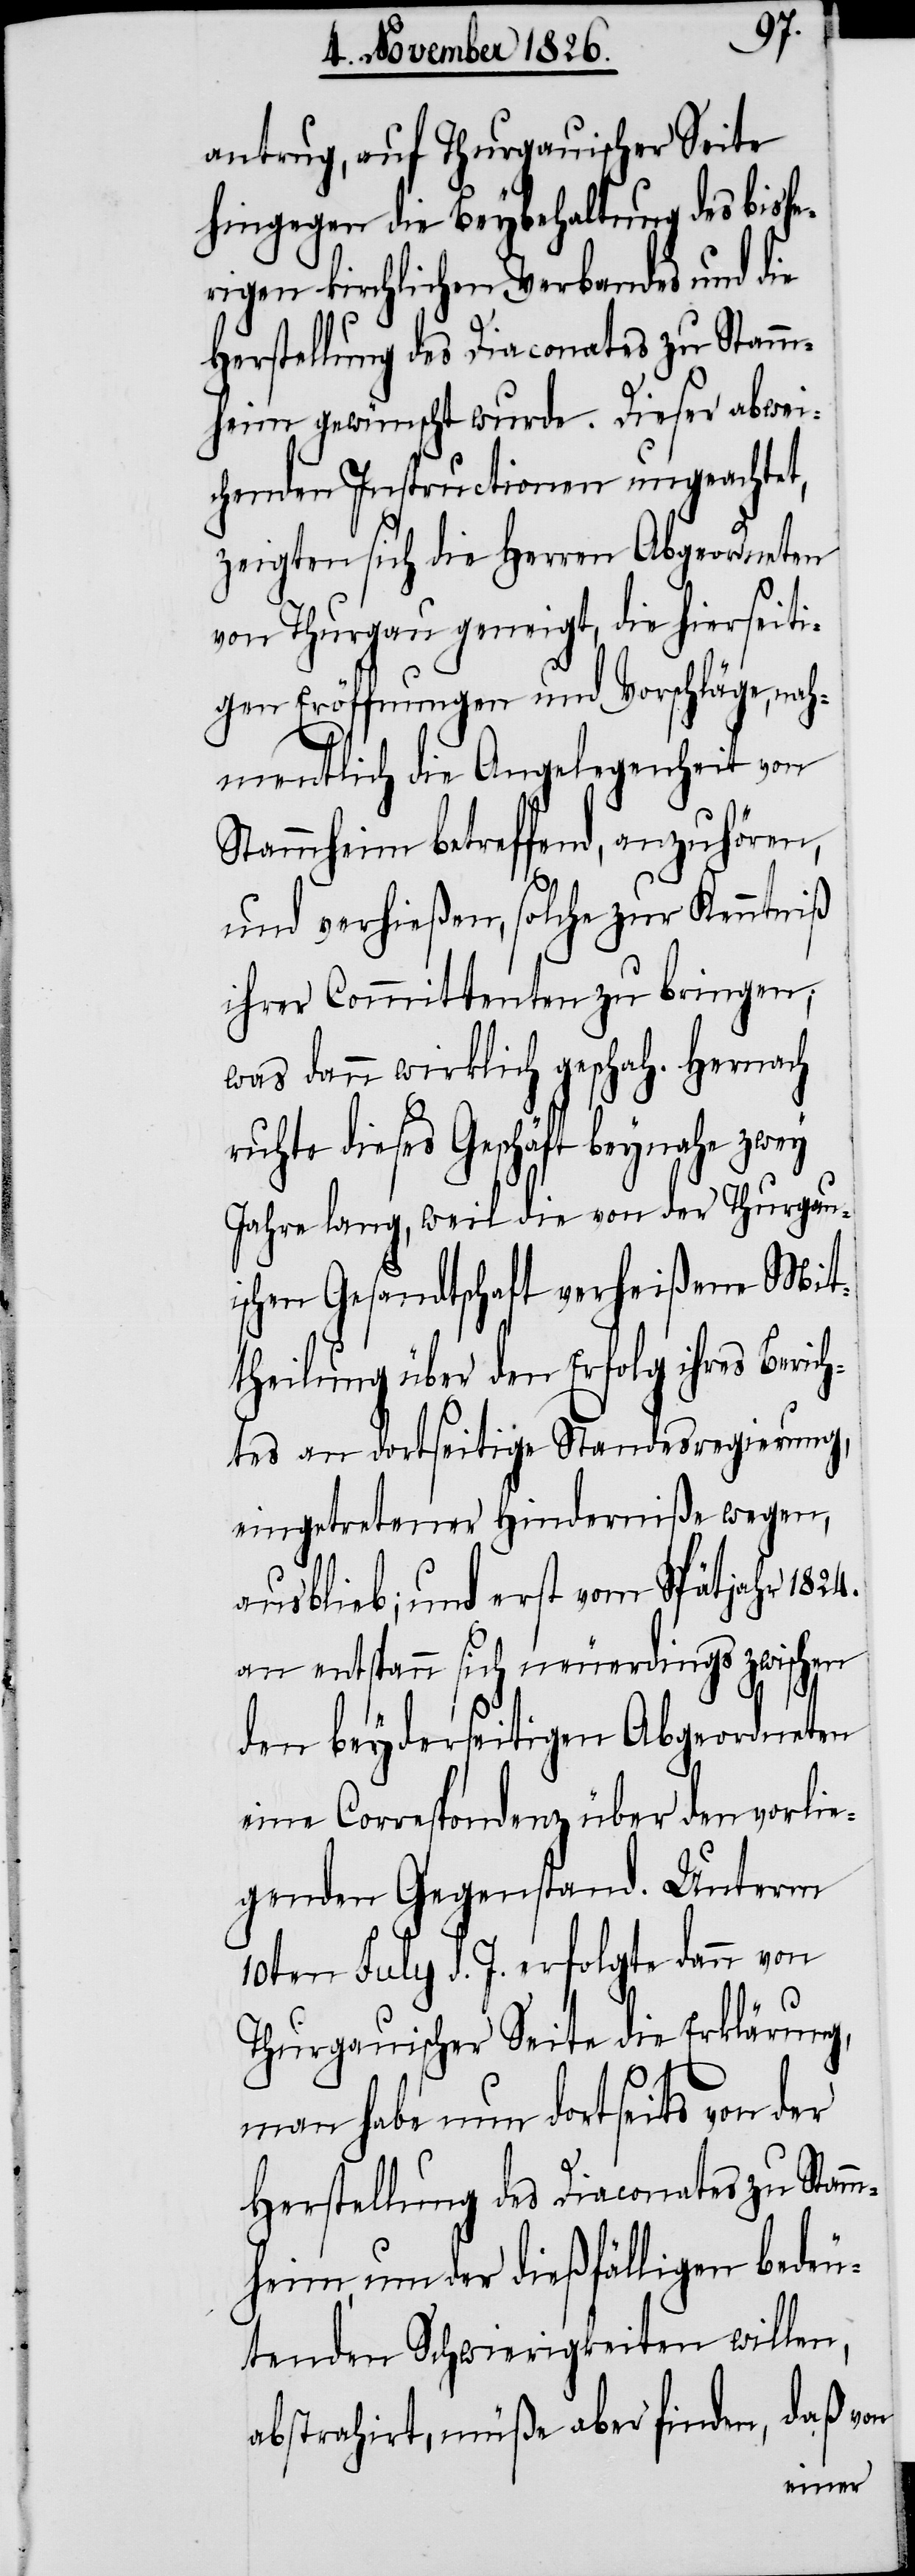
antrug, auf Thurgauischer Seite
hingegen die Beybehaltung des bishe¬
rigen kirchlichen Verbandes und die
Herstellung des Diaconates zu Stamm¬
heim gewünscht wurde. Dieser abwei¬
chenden Instructionen ungeachtet,
zeigten sich die Herren Abgeordneten
von Thurgau geneigt, die hierseiti¬
gen Eröffnungen und Vorschläge, nah¬
mentlich die Angelegenheit von
Stammheim betreffend, anzuhören,
und verhießen, solche zur Kenntniß
ihrer Committenten zu bringen;
was dann wirklich geschah. Hernach
ruhte dieses Geschäft beynahe zwey
Jahre lang, weil die von der Thurgau¬
ischen Gesandtschaft verheißene Mit¬
theilung über den Erfolg ihres Berich¬
tes an dortseitige Standesregierung,
eingetretener Hinderniße wegen,
ausblieb; und erst vom Spätjahr 1824.
an entspann sich neuerdings zwischen
den beyderseitigen Abgeordneten
eine Correspondenz über den vorlie¬
genden Gegenstand. Unterm
10ten July d. J. erfolgte dann von
Thurgauischer Seite die Erklärung,
man habe nun dortseits von der
Herstellung des Diaconates zu Stamm¬
heim, um der dießfälligen bedeu¬
tenden Schwierigkeiten willen,
abstrahirt, müße aber finden, daß von